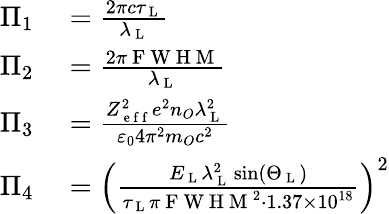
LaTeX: \begin{array}{rl}{\Pi_{1}}&{{}=\frac{2\pi c\tau_{\mathrm{~L~}}}{\lambda_{\mathrm{~L~}}}}\\ {\Pi_{2}}&{{}=\frac{2\pi\mathrm{~F~W~H~M~}}{\lambda_{\mathrm{~L~}}}}\\ {\Pi_{3}}&{{}=\frac{Z_{\mathrm{~e~f~f~}}^{2}e^{2}n_{O}\lambda_{\mathrm{~L~}}^{2}}{\varepsilon_{0}4\pi^{2}m_{O}c^{2}}}\\ {\Pi_{4}}&{{}=\left(\frac{E_{\mathrm{~L~}}\lambda_{\mathrm{~L~}}^{2}\sin\left(\Theta_{\mathrm{~L~}}\right)}{\tau_{\mathrm{~L~}}\pi\mathrm{~F~W~H~M~}^{2}\cdot 1.37\times 10^{18}}\right)^{2}}\end{array}